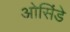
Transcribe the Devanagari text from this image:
ओसिंडे